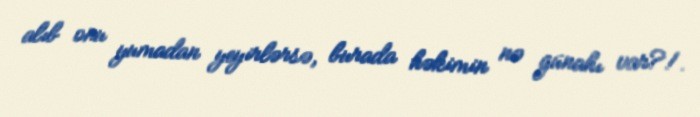
alıb onu yumadan yeyirlərsə, burada həkimin nə günahı var?!.